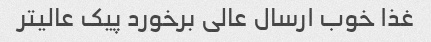
غذا خوب ارسال عالی برخورد پیک عالیتر